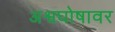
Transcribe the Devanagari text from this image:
अश्वघोषावर